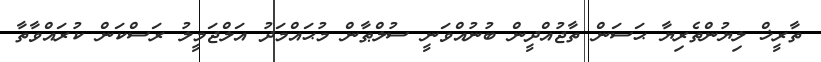
ތާރީޚް ލިޔުންތެރިޔާ ޙަސަން ތާޖުއްދީން ބުނުއްވަނީ ސުލްޠާން މުޙައްމަދު އަލްޖަމީލު ރަސްކަން ކުރައްވާތާ